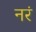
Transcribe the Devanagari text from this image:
नरं